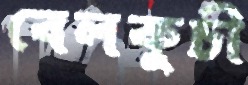
বেলকুচী